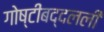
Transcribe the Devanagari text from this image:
गोष्टींबद्दलली